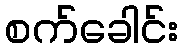
စက်ခေါင်း